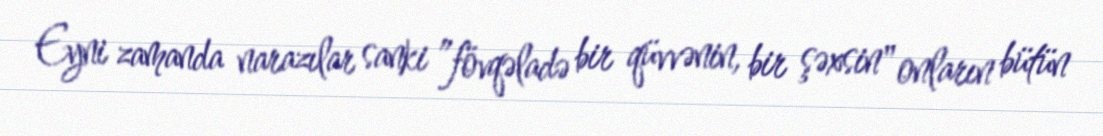
Eyni zamanda narazılar sanki ”fövqəladə bir qüvvənin, bir şəxsin" onların bütün